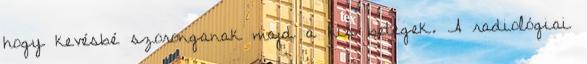
hogy kevésbé szoronganak majd a kis betegek. A radiológiai